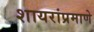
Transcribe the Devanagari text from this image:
शायरांप्रमाणे